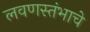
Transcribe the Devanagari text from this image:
लवणस्तंभाचे